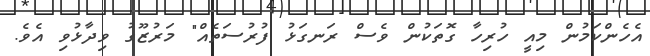
އެހެންކަމުން މިއީ ހުރިހާ ގޮތަކުން ވެސް ރަނގަޅު ފުރުސަތެއް" މަރުޒޫގު ވިދާޅުވި އެވެ.